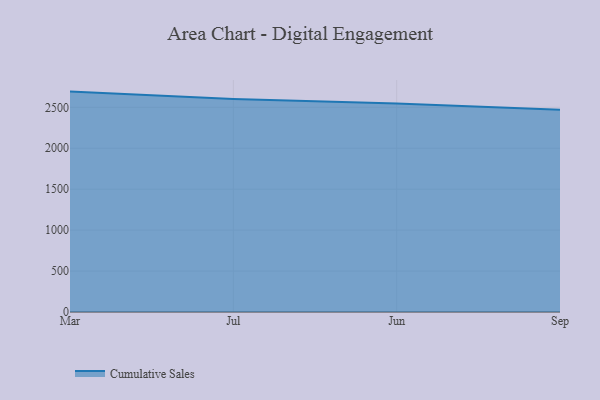
{"axis": {"x": "Month", "y": "Revenue (USD Million)"}, "legend": ["Cumulative Sales"], "data": [{"x": "Mar", "y": 2691.8, "type": "Cumulative Sales"}, {"x": "Jul", "y": 2601.3, "type": "Cumulative Sales"}, {"x": "Jun", "y": 2546.1, "type": "Cumulative Sales"}, {"x": "Sep", "y": 2471.4, "type": "Cumulative Sales"}]}